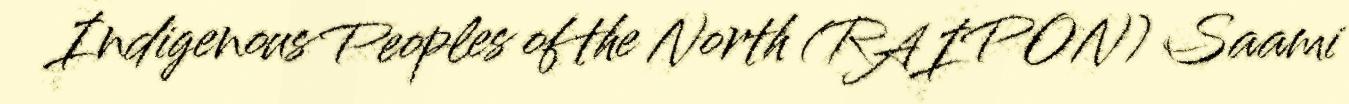
Indigenous Peoples of the North (RAIPON) Saami